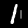
Digit: 1